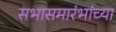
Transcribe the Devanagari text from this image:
सभासमारंभांच्या